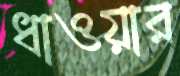
ধাওয়ার